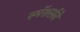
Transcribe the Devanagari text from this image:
स्मॅशर्सने